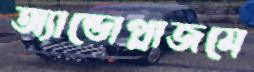
অ্যান্ডোপ্লাজমে